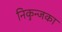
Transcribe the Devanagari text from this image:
निकुन्जका